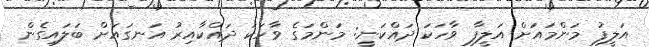
އަލީފު މަންމައަށް އަލީފާ ވާހަކަ ދައްކަނީ: މަންމަގެ ވާހަކަ ދައްކާއިރު އަނގައަށް ބަލައިގެން